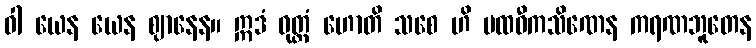
ဝါ ယေန ယေန ဈာနေန။ ဣဒံ ဝုတ္တံ ဟောတိ သစေ ဟိ ပထဝီကသိဏေန ကရဏဘူတေန